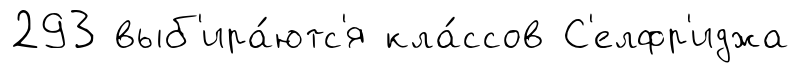
293 выб'ира́ютс'я кла́ссов С'елфр'иджа